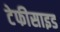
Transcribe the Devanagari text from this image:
टेफीसाइड